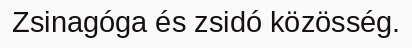
Zsinagóga és zsidó közösség.